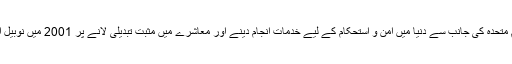
کوفی عنان کو اقوام متحدہ کی جانب سے دنیا میں امن و استحکام کے لیے خدمات انجام دینے اور معاشرے میں مثبت تبدیلی لانے پر 2001 میں نوبیل انعام سے نوازا گیا۔